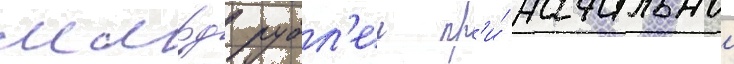
млрд рубл'еи пр'и́ начальнои